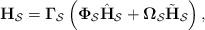
LaTeX: \begin{align*}\mathbf{H}_{\mathcal{S}} = \mathbf{\Gamma}_{\mathcal{S}} \left(\mathbf{\Phi}_{\mathcal{S}} \hat{\mathbf{H}}_{\mathcal{S}} +\mathbf{\Omega}_{\mathcal{S}} \tilde{\mathbf{H}}_{\mathcal{S}}\right),\end{align*}